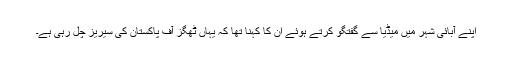
اپنے آبائی شہر میں میڈیا سے گفتگو کرتے ہوئے ان کا کہنا تھا کہ یہاں ٹھگز آف پاکستان کی سیریز چل رہی ہے۔